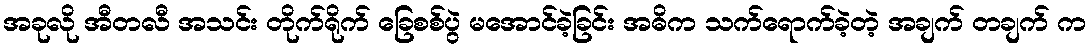
အခုလို အီတလီ အသင်း တိုက်ရိုက် ခြေစစ်ပွဲ မအောင်ခဲ့ခြင်း အဓိက သက်ရောက်ခဲ့တဲ့ အချက် တချက် က